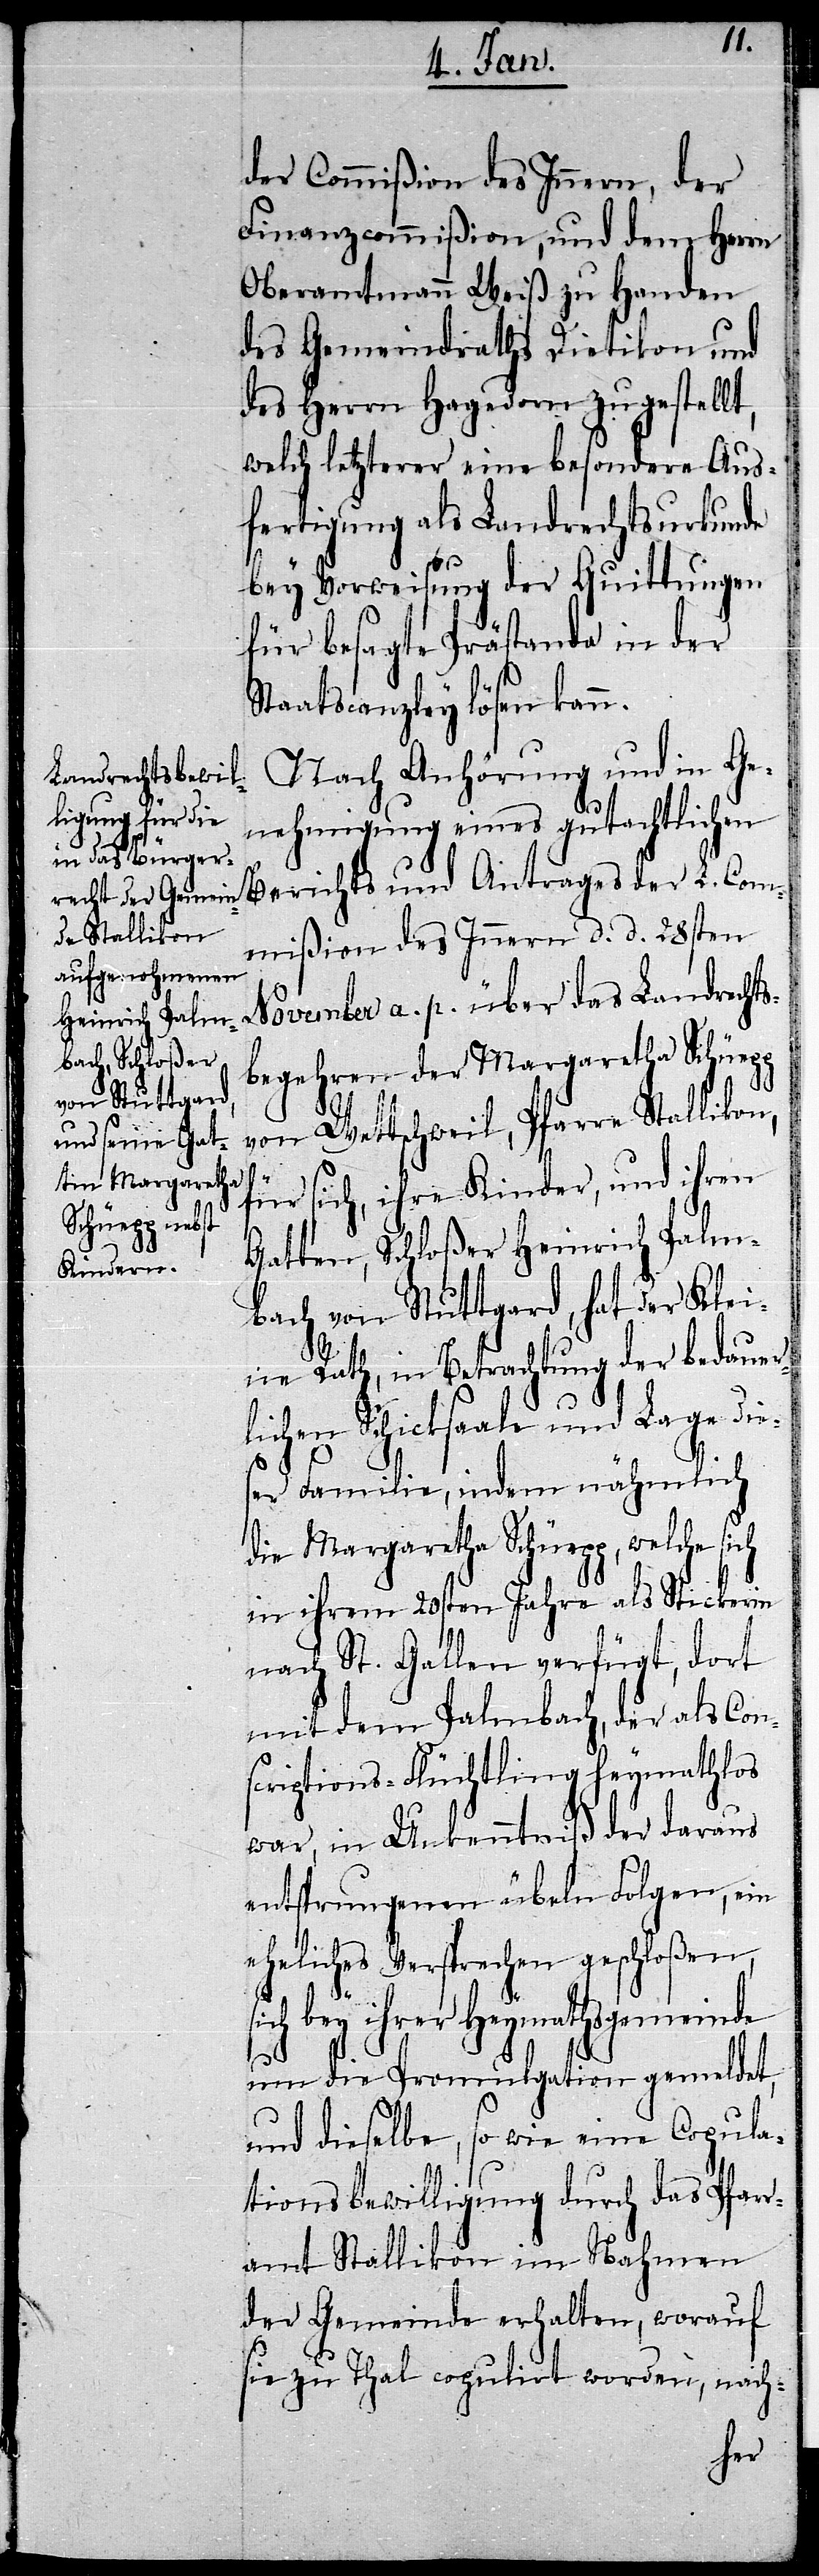
si¬
der Commißion des Innern, der
Finanzcommißion, und dem Herrn
Oberamtmann Weiß zu Handen
des Gemeindraths Dietikon und
des Herrn Hagedorn zugestellt,
welch letzterer eine besondere Aus¬
fertigung als Landrechtsurkunde
bey Vorweisung der Quittungen
für besagte Prästanda in der
Staatscanzley lösen kann.
Nach Anhörung und in Ge¬
nehmigung eines gutachtlichen
Berichts und Antrages der L. Com¬
mißion des Innern d. d. 28sten
November a. p. über das Landrechts¬
begehren der Margaretha Schüepp
von Wettschweil, Pfarre Stallikon,
die Margaretha
für sich, ihre Kinder, und ihren
Gatten, Schloßer Heinrich Palm¬
bach von Stuttgard, hat der Klei¬
ne Rath, in Betrachtung der bedauer¬
lichen Schicksaale und Lage die¬
ser Familie, indem nähmlich
in ihrem 20sten Jahre als Stickerin
nach St. Gallen verfügt, dort
mit dem Palmbach, der als Con¬
scriptions-Flüchtling heymathlos
war, in Unkenntniß der daraus
entsprungenen übeln Folgen, ein
eheliches Versprechen geschloßen,
ch bey ihrer Heymathsgemeinde
um die Promulgation gemeldet,
und dieselbe, so wie eine Copula¬
tionsbewilligung durch das Pfar¬
ramt Stallikon im Nahmen
der Gemeinde erhalten, worauf
sie zu Thal copulirt worden, nach-